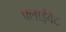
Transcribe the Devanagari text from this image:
फ्लाईवेट